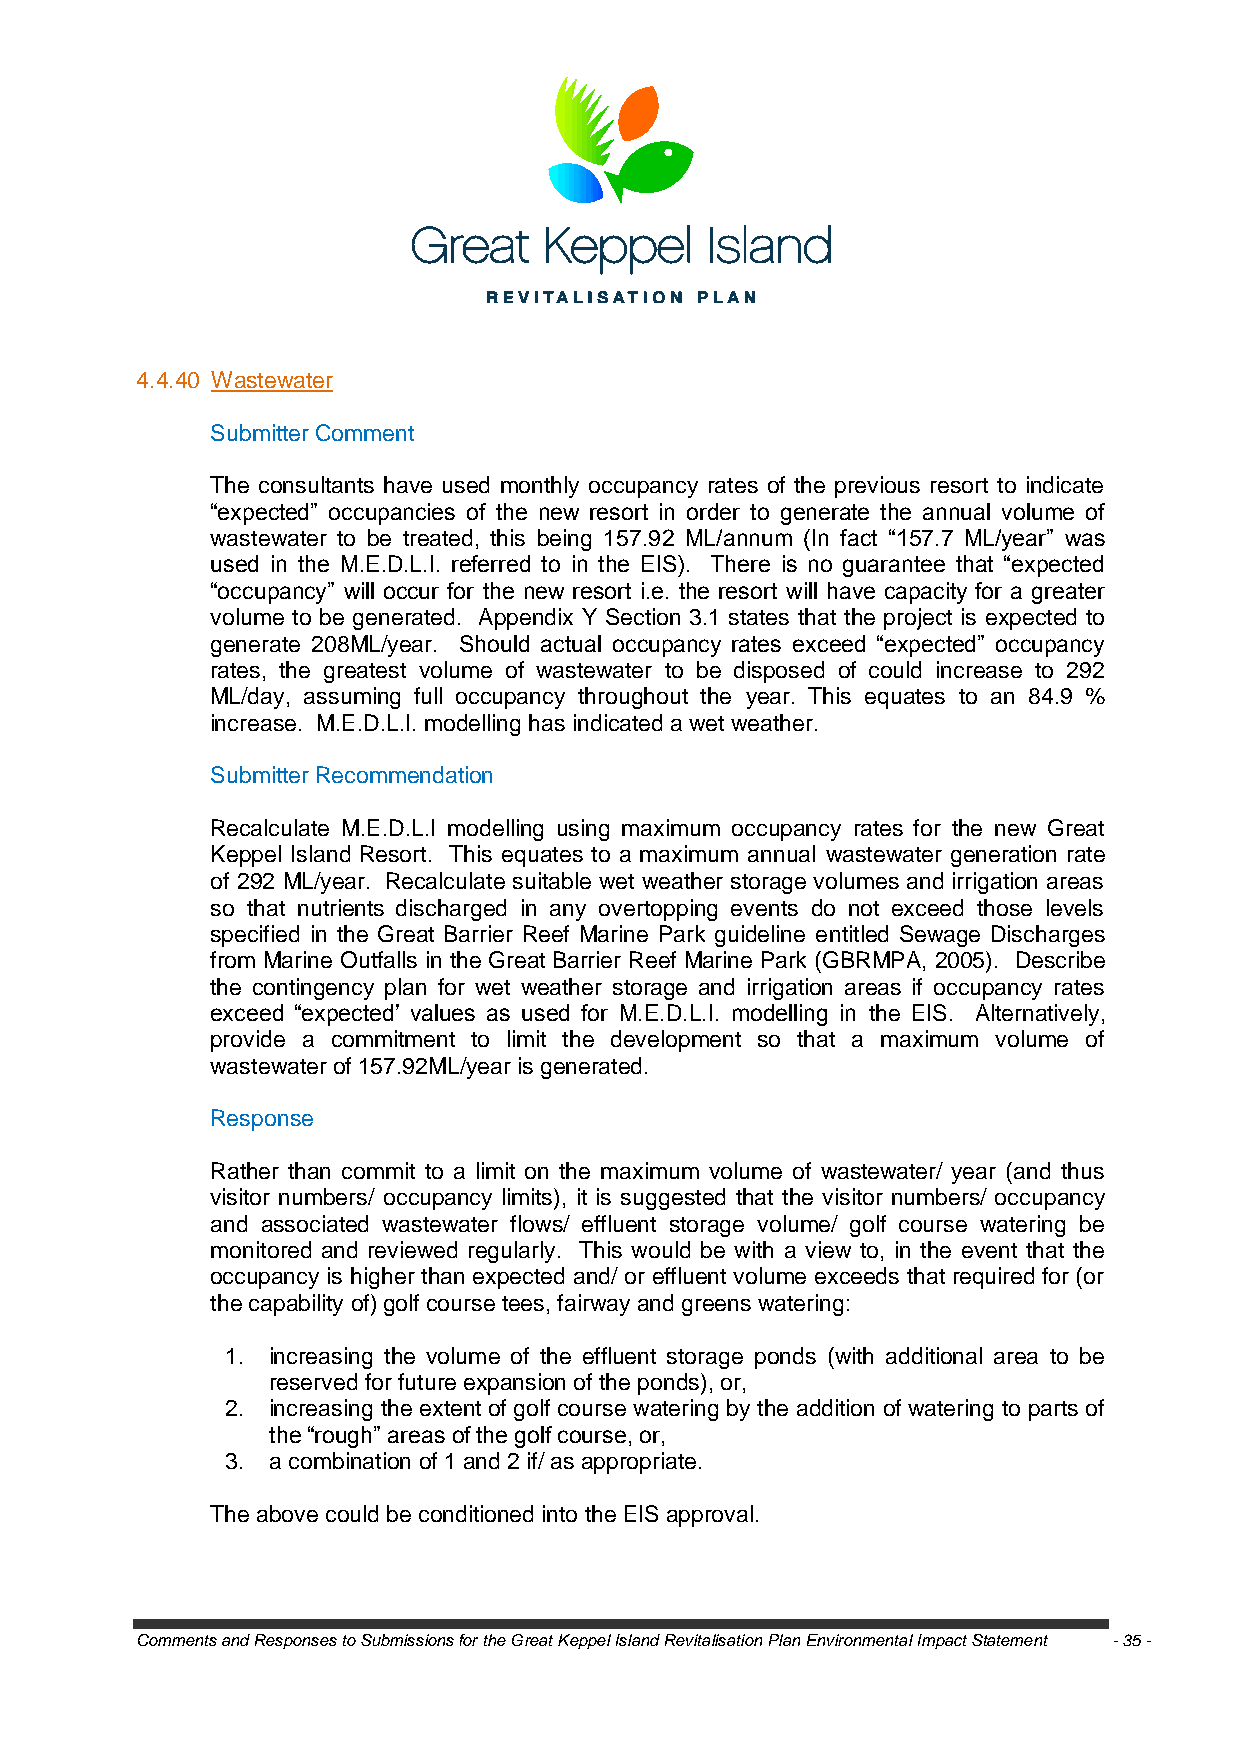
4.4.40 Wastewater
 Submitter Comment
 The consultants have used monthly occupancy rates of the previous resort to indicate
 ―expected‖ occupancies of the new resort in order to generate the annual volume of
 wastewater to be treated, this being 157.92 ML/annum (In fact ―157.7 ML/year‖ was
 used in the M.E.D.L.I. referred to in the EIS). There is no guarantee that ―expected
 ―occupancy‖ will occur for the new resort i.e. the resort will have capacity for a greater
 volume to be generated. Appendix Y Section 3.1 states that the project is expected to
 generate 208ML/year. Should actual occupancy rates exceed ―expected‖ occupancy
 rates, the greatest volume of wastewater to be disposed of could increase to 292
 ML/day, assuming full occupancy throughout the year. This equates to an 84.9 %
 increase. M.E.D.L.I. modelling has indicated a wet weather.
 Submitter Recommendation
 Recalculate M.E.D.L.I modelling using maximum occupancy rates for the new Great
 Keppel Island Resort. This equates to a maximum annual wastewater generation rate
 of 292 ML/year. Recalculate suitable wet weather storage volumes and irrigation areas
 so that nutrients discharged in any overtopping events do not exceed those levels
 specified in the Great Barrier Reef Marine Park guideline entitled Sewage Discharges
 from Marine Outfalls in the Great Barrier Reef Marine Park (GBRMPA, 2005). Describe
 the contingency plan for wet weather storage and irrigation areas if occupancy rates
 exceed ―expected‘ values as used for M.E.D.L.I. modelling in the EIS. Alternatively,
 provide a commitment to limit the development so that a maximum volume of
 wastewater of 157.92ML/year is generated.
 Response
 Rather than commit to a limit on the maximum volume of wastewater/ year (and thus
 visitor numbers/ occupancy limits), it is suggested that the visitor numbers/ occupancy
 and associated wastewater flows/ effluent storage volume/ golf course watering be
 monitored and reviewed regularly. This would be with a view to, in the event that the
 occupancy is higher than expected and/ or effluent volume exceeds that required for (or
 the capability of) golf course tees, fairway and greens watering:
 1. increasing the volume of the effluent storage ponds (with additional area to be
 reserved for future expansion of the ponds), or,
 2. increasing the extent of golf course watering by the addition of watering to parts of
 the ―rough‖ areas of the golf course, or,
 3. a combination of 1 and 2 if/ as appropriate.
 The above could be conditioned into the EIS approval.
 Comments and Responses to Submissions for the Great Keppel Island Revitalisation Plan Environmental Impact Statement - 35 -